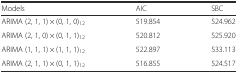
<table><thead><tr><td><b>Models</b></td><td><b>AIC</b></td><td><b>SBC</b></td></tr></thead><tbody><tr><td>ARIMA (2, 1, 1) × (0, 1, 0)<sub>12</sub></td><td>519.854</td><td>524.962</td></tr><tr><td>ARIMA (2, 1, 0) × (0, 1, 1)<sub>12</sub></td><td>520.812</td><td>525.920</td></tr><tr><td>ARIMA (1, 1, 1) × (1, 1, 1)<sub>12</sub></td><td>522.897</td><td>533.113</td></tr><tr><td>ARIMA (2, 1, 1) × (0, 1, 1)<sub>12</sub></td><td>516.855</td><td>524.517</td></tr></tbody></table>